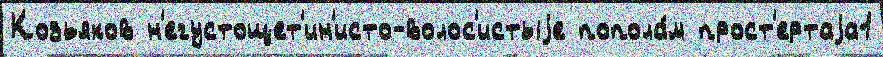
Козьяков н'егустощет'ин'исто-волос'истыjе попола́м прост'ертаjа1